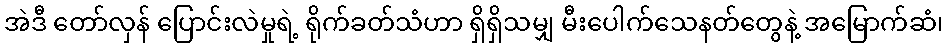
အဲဒီ တော်လှန် ပြောင်းလဲမှုရဲ့ ရိုက်ခတ်သံဟာ ရှိရှိသမျှ မီးပေါက်သေနတ်တွေနဲ့ အမြောက်ဆံ၊